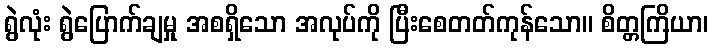
ရွဲလုံး ရွဲပြောက်ချမှု အစရှိသော အလုပ်ကို ပြီးစေတတ်ကုန်သော။ စိတ္တကြိယာ၊